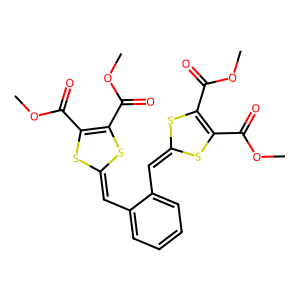
SMILES: COC(=O)C1=C(C(=O)OC)SC(=Cc2ccccc2C=C2SC(C(=O)OC)=C(C(=O)OC)S2)S1
Inhibits HIV replication: No